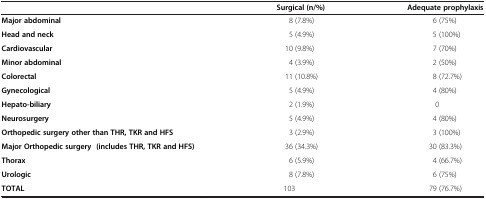
|  | Surgical (n/%) | Adequate prophylaxis |
 | --- | --- | --- |
 | Major abdominal | 8 (7.8%) | 6 (75%) |
 | Head and neck | 5 (4.9%) | 5 (100%) |
 | Cardiovascular | 10 (9.8%) | 7 (70%) |
 | Minor abdominal | 4 (3.9%) | 2 (50%) |
 | Colorectal | 11 (10.8%) | 8 (72.7%) |
 | Gynecological | 5 (4.9%) | 4 (80%) |
 | Hepato-biliary | 2 (1.9%) | 0 |
 | Neurosurgery | 5 (4.9%) | 4 (80%) |
 | Orthopedic surgery other than THR, TKR and HFS | 3 (2.9%) | 3 (100%) |
 | Major Orthopedic surgery (includes THR, TKR and HFS) | 36 (34.3%) | 30 (83.3%) |
 | Thorax | 6 (5.9%) | 4 (66.7%) |
 | Urologic | 8 (7.8%) | 6 (75%) |
 | TOTAL | 103 | 79 (76.7%) |